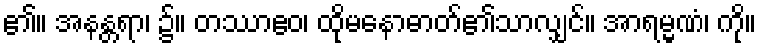
၏။ အနန္တရာ၊ ၌။ တဿာဧဝ၊ ထိုမနောဓာတ်၏သာလျှင်။ အာရမ္မဏံ၊ ကို။